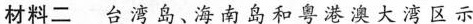
材料二台湾岛、海南岛和粤港澳大湾区示